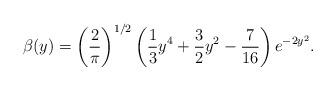
LaTeX: \begin{align*}\beta(y)=\left(\frac{2}{\pi}\right)^{1/2}\left(\frac{1}{3}y^{4}+\frac{3}{2}y^{2}-\frac{7}{16}\right)e^{-2y^{2}}.\end{align*}